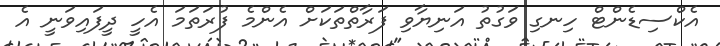
އެކްސިޑެންޓް ހިނގި ވަގުތު އަނިޔާވި ފަރާތްތަކަށް އެންމެ ފުރަތަމަ އެހީ ދީފައިވަނީ އެ